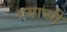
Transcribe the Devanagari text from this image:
बयाप्सी